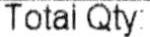
TOTAL QTY: